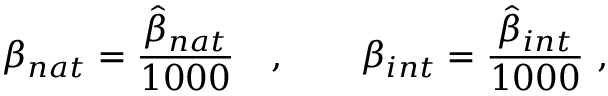
\beta _ { n a t } = \frac { \hat { \beta } _ { n a t } } { 1 0 0 0 } \quad , \qquad \beta _ { i n t } = \frac { \hat { \beta } _ { i n t } } { 1 0 0 0 } \ ,